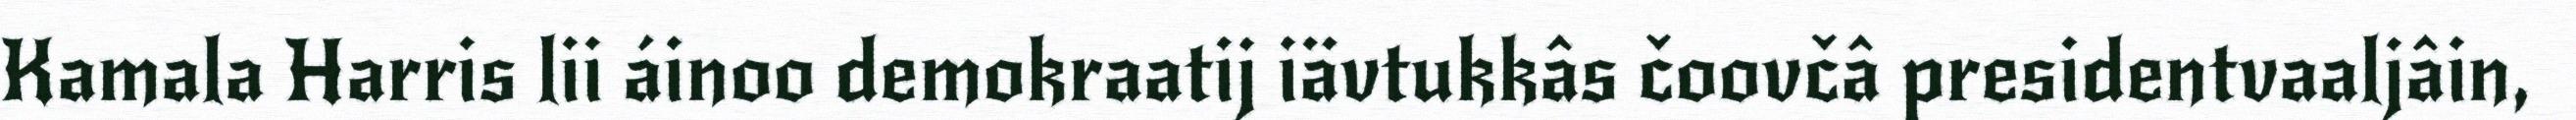
Kamala Harris lii áinoo demokraatij iävtukkâs čoovčâ presidentvaaljâin,